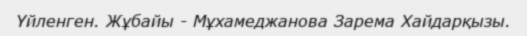
Үйленген. Жұбайы - Мұхамеджанова Зарема Хайдарқызы.